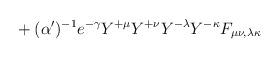
LaTeX: \begin{align*}{}+ (\alpha')^{-1} e^{-\gamma}Y^{+\mu}Y^{+\nu}Y^{-\lambda}Y^{-\kappa} F_{\mu\nu,\lambda\kappa}\end{align*}